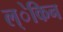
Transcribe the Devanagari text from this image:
ल्ेकिन